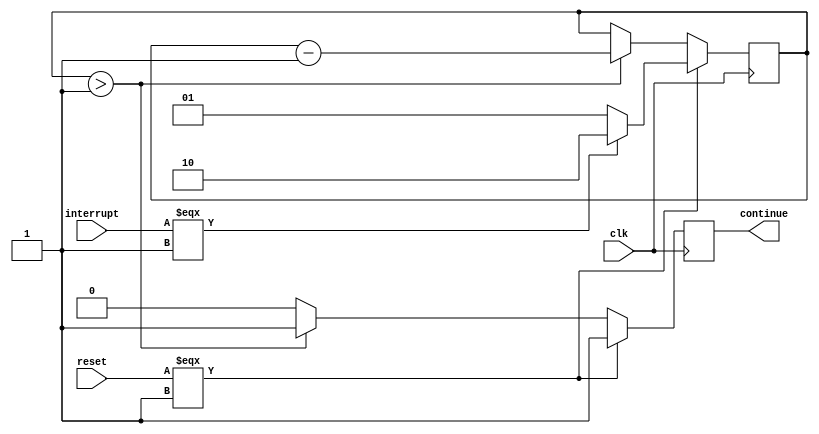
module HosnyRetStateMachine(clk,interrupt,reset,continue);
input clk,reset,interrupt;
output reg continue;

reg [1:0] count_state;

localparam count = 1'b1;

always @(negedge clk)begin

    // count_state = 2'b0;
    if(reset===1'b1)begin
        if(interrupt === 1'b1)begin
            count_state=2'b10;
        end else begin
            count_state=2'b01;
        end
        continue=1'b1;
    end else if(count_state > 2'b01) begin
        count_state=count_state-2'b01;
        continue=1'b1;
    end else begin
        continue=1'b0;
    end

end

endmodule